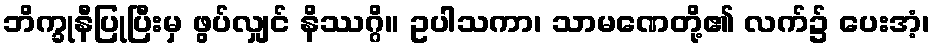
ဘိက္ခုနီပြုပြီးမှ ဖွပ်လျှင် နိဿဂ္ဂိ။ ဥပါသကာ၊ သာမဏေတို့၏ လက်၌ ပေးအံ့၊